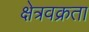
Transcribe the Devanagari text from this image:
क्षेत्रवक्रता